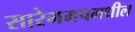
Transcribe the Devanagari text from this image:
सारेगमपमधील